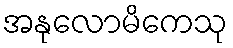
အနုလောမိကေသု